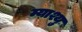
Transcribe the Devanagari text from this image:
म्याश्यु